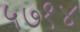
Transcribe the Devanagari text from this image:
५७१४